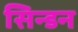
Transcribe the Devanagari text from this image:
सिन्डन